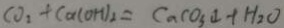
C O _ { 2 } + C a ( O H ) _ { 2 } = C a C O _ { 3 } \downarrow + H _ { 2 } O